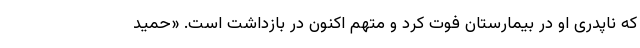
که ناپدری او در بیمارستان فوت کرد و متهم اکنون در بازداشت است. «حمید